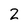
Character: 2